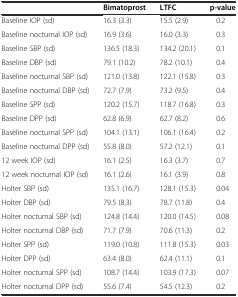
|  | Bimatoprost | LTFC | p-value |
 | --- | --- | --- | --- |
 | Baseline IOP (sd) | 16.3 (3.3) | 15.5 (2.9) | 0.2 |
 | Baseline nocturnal IOP (sd) | 16.9 (3.6) | 16.0 (3.3) | 0.3 |
 | Baseline SBP (sd) | 136.5 (18.3) | 134.2 (20.1) | 0.1 |
 | Baseline DBP (sd) | 79.1 (10.2) | 78.2 (10.1) | 0.4 |
 | Baseline nocturnal SBP (sd) | 121.0 (13.8) | 122.1 (15.8) | 0.3 |
 | Baseline nocturnal DBP (sd) | 72.7 (7.9) | 73.2 (9.5) | 0.4 |
 | Baseline SPP (sd) | 120.2 (15.7) | 118.7 (16.8) | 0.3 |
 | Baseline DPP (sd) | 62.8 (6.9) | 62.7 (8.2) | 0.6 |
 | Baseline nocturnal SPP (sd) | 104.1 (13.1) | 106.1 (16.4) | 0.2 |
 | Baseline nocturnal DPP (sd) | 55.8 (8.0) | 57.2 (12.1) | 0.1 |
 | 12 week IOP (sd) | 16.1 (2.5) | 16.3 (3.7) | 0.7 |
 | 12 week nocturnal IOP (sd) | 16.1 (2.6) | 16.1 (3.9) | 0.8 |
 | Holter SBP (sd) | 135.1 (16.7) | 128.1 (15.3) | 0.04 |
 | Holter DBP (sd) | 79.5 (8.3) | 78.7 (11.8) | 0.4 |
 | Holter nocturnal SBP (sd) | 124.8 (14.4) | 120.0 (14.5) | 0.08 |
 | Holter nocturnal DBP (sd) | 71.7 (7.9) | 70.6 (11.3) | 0.2 |
 | Holter SPP (sd) | 119.0 (10.8) | 111.8 (15.3) | 0.03 |
 | Holter DPP (sd) | 63.4 (8.0) | 62.4 (11.1) | 0.1 |
 | Holter nocturnal SPP (sd) | 108.7 (14.4) | 103.9 (17.3) | 0.07 |
 | Holter nocturnal DPP (sd) | 55.6 (7.4) | 54.5 (12.3) | 0.2 |